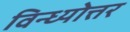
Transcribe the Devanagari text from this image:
विन्ध्योत्तर